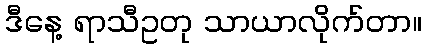
ဒီနေ့ ရာသီဥတု သာယာလိုက်တာ။